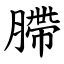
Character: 䐭